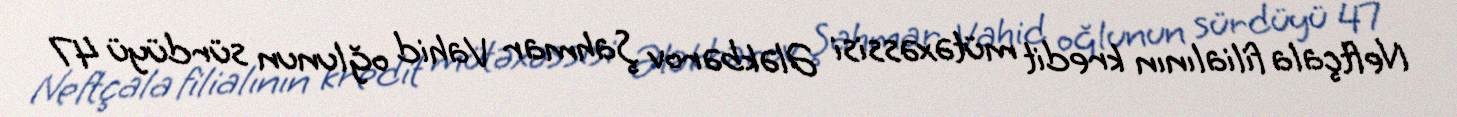
Neftçala filialının kredit mütəxəssisi Ələkbərov Şahmar Vahid oğlunun sürdüyü 47